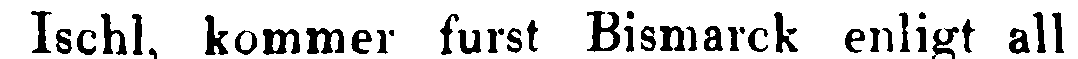
Ischl, kommer furst Bismarck enligt all